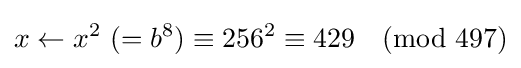
x\leftarrow x^{2}{\text{ }}(=b^{8})\equiv 256^{2}\equiv 429{\pmod {497}}